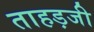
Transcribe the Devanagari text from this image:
ताहड़जी